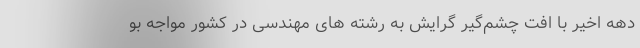
دهه اخیر با افت چشم‌گیر گرایش به رشته های مهندسی در کشور مواجه بو